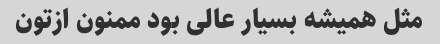
مثل همیشه بسیار عالی بود ممنون ازتون